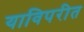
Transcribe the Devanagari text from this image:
याविपरीत